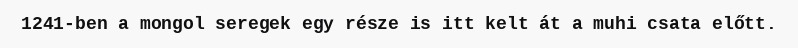
1241-ben a mongol seregek egy része is itt kelt át a muhi csata előtt.